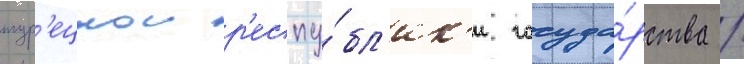
тур'ецкои р'еспу́бл'ик'и госуда́рства /